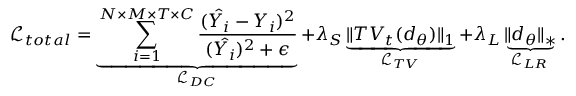
\mathcal { L } _ { t o t a l } = \underbrace { \sum _ { i = 1 } ^ { N \times M \times T \times C } \frac { ( \hat { Y _ { i } } - Y _ { i } ) ^ { 2 } } { ( \hat { Y _ { i } } ) ^ { 2 } + \epsilon } } _ { \mathcal { L } _ { D C } } + \lambda _ { S } \underbrace { \Vert T V _ { t } ( d _ { \theta } ) \Vert _ { 1 } } _ { \mathcal { L } _ { T V } } + \lambda _ { L } \underbrace { \Vert d _ { \theta } \Vert _ { * } } _ { \mathcal { L } _ { L R } } .